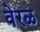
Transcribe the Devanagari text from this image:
वेरळ